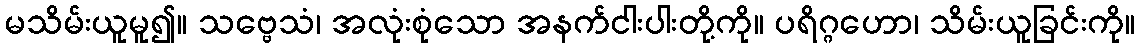
မသိမ်းယူမူ၍။ သဗ္ဗေသံ၊ အလုံးစုံသော အနက်ငါးပါးတို့ကို။ ပရိဂ္ဂဟော၊ သိမ်းယူခြင်းကို။